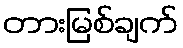
တားမြစ်ချက်